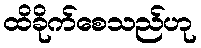
ထိခိုက်စေသည်ဟု